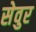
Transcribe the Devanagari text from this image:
सेवुर